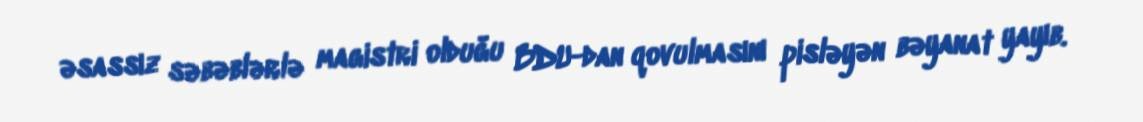
əsassız səbəblərlə magistri olduğu BDU-dan qovulmasını pisləyən bəyanat yayıb.